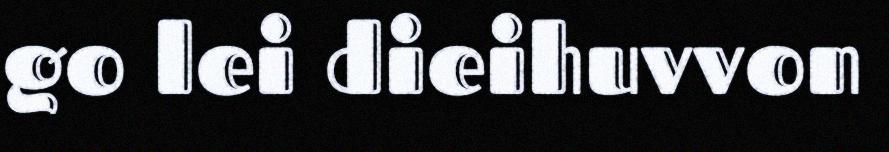
go lei dieihuvvon